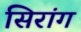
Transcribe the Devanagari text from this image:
सिरांग